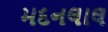
મદનલાલ